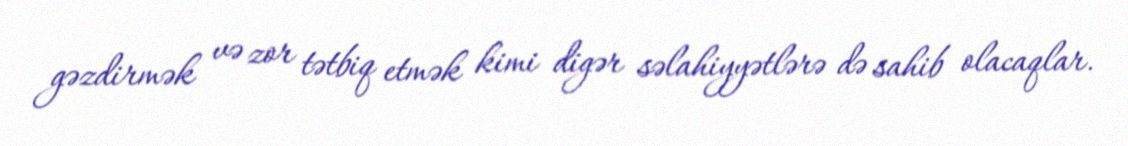
gəzdirmək və zor tətbiq etmək kimi digər səlahiyyətlərə də sahib olacaqlar.